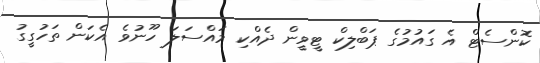
ކޮންސެޓް އެ ގައުމުގެ ޕަބްލިކް ޓީވީން ދެއްކި މައްސަލަ ހޫނުވެ އެކަން ތަހުގީގު